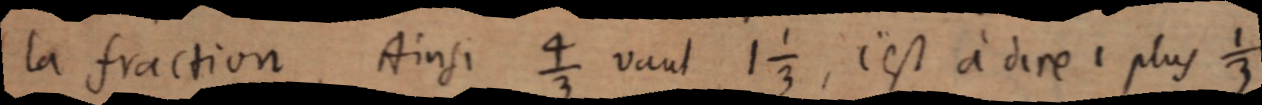
la fraction, Ainsi ⁴⁄₃ vaut 1 ⅓, c’est à dire 1 plus ⅓